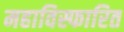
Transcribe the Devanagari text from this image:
महाविस्फारित